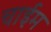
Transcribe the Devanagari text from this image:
चाईम